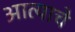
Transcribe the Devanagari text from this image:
आत्याचे